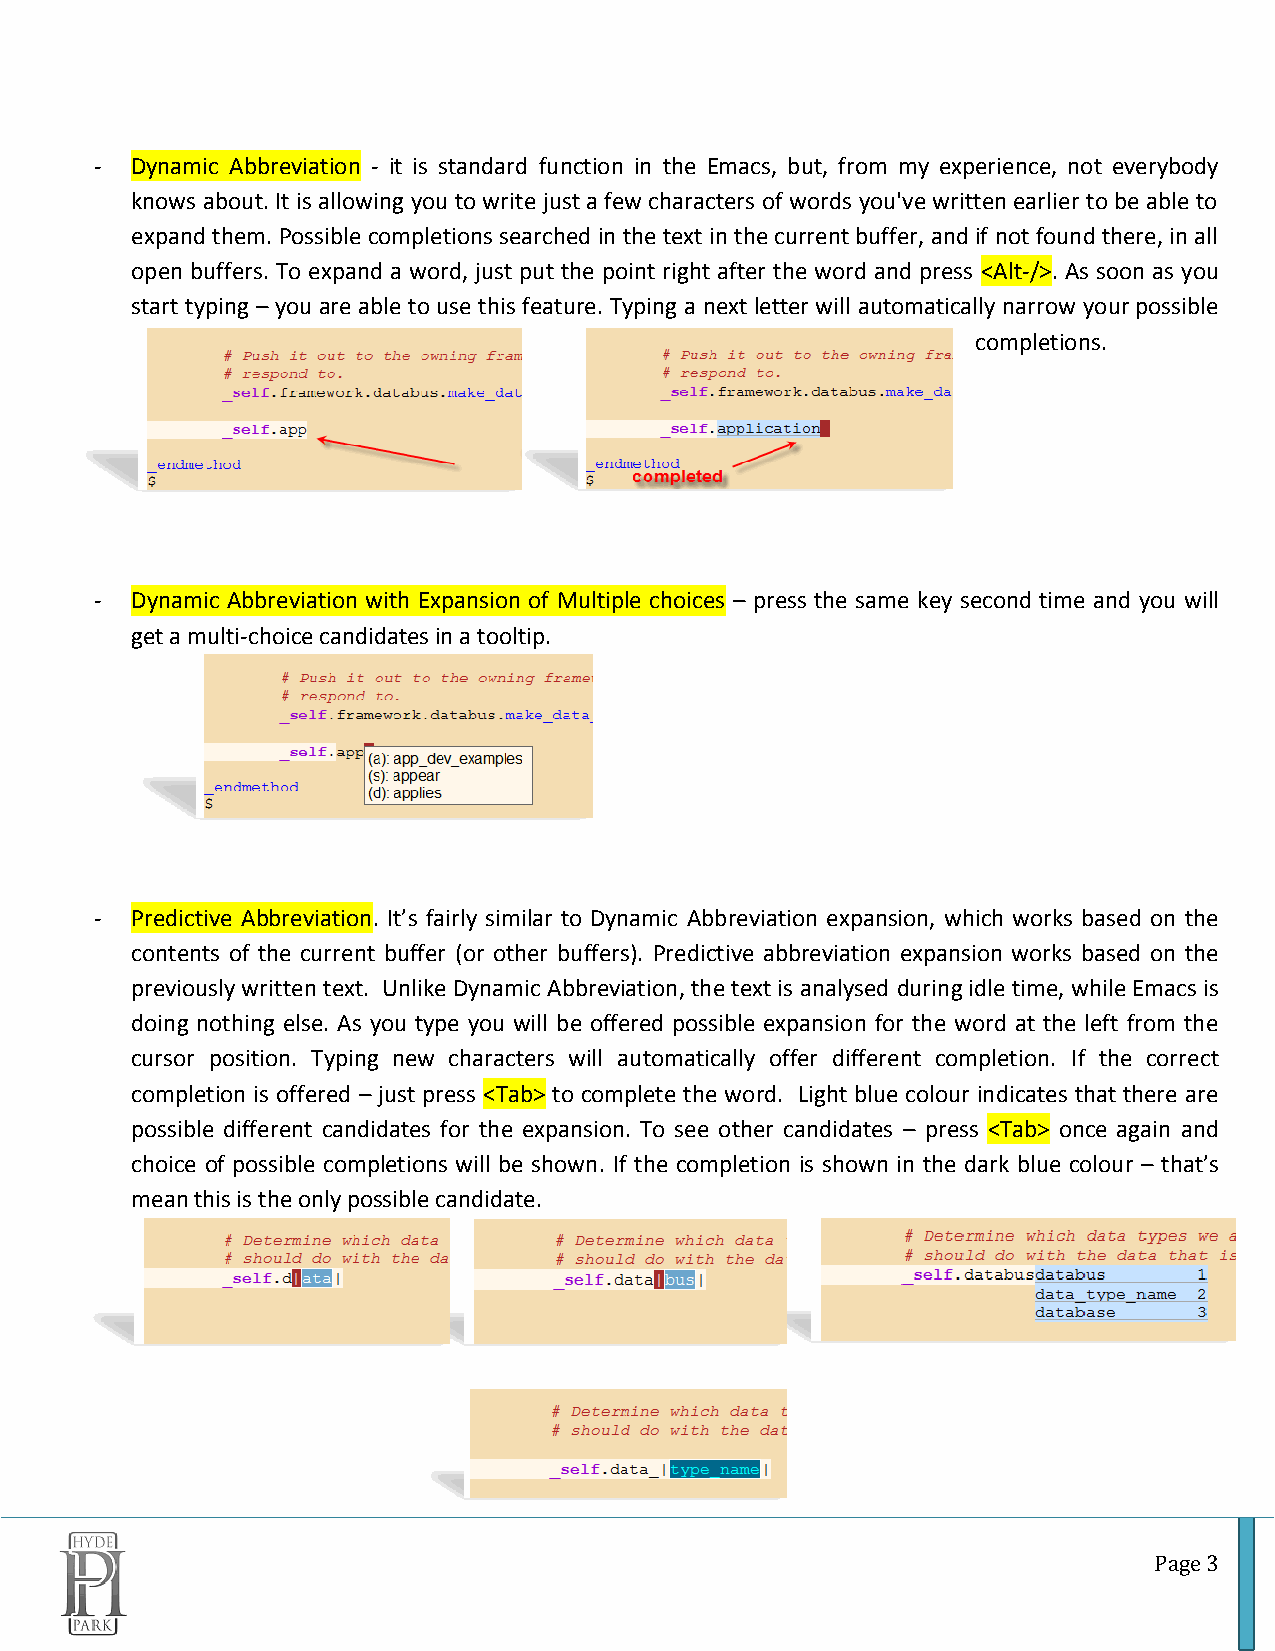
-  Dynamic Abbreviation - it is standard function in the Emacs, but, from my experience, not everybody
 knows about. It is allowing you to write just a few characters of words you've written earlier to be able to
 expand them. Possible completions searched in the text in the current buffer, and if not found there, in all
 open buffers. To expand a word, just put the point right after the word and press <Alt-/>. As soon as you
 start typing – you are able to use this feature. Typing a next letter will automatically narrow your possible
 completions.
 -  Dynamic Abbreviation with Expansion of Multiple choices – press the same key second time and you will
 get a multi-choice candidates in a tooltip.
 -  Predictive Abbreviation. It’s fairly similar to Dynamic Abbreviation expansion, which works based on the
 contents of the current buffer (or other buffers). Predictive abbreviation expansion works based on the
 previously written text. Unlike Dynamic Abbreviation, the text is analysed during idle time, while Emacs is
 doing nothing else. As you type you will be offered possible expansion for the word at the left from the
 cursor position. Typing new characters will automatically offer different completion. If the correct
 completion is offered – just press <Tab> to complete the word. Light blue colour indicates that there are
 possible different candidates for the expansion. To see other candidates – press <Tab> once again and
 choice of possible completions will be shown. If the completion is shown in the dark blue colour – that’s
 mean this is the only possible candidate.
 Page 3